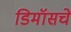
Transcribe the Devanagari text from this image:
डिमॉसचे